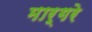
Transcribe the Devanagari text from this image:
मार्गरे